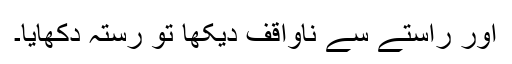
اور راستے سے ناواقف دیکھا تو رستہ دکھایا۔